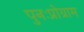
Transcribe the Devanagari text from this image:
पुनःप्रोग्राम